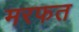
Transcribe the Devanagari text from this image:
मरफत